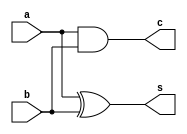
//HW2 P2
//

`timescale 1ns/10ps

//add necessary simple adders
module ha (
    input a,
    input b,
    output c,
    output s
    );
    assign s = a ^ b;
    assign c = a & b;
endmodule //ha

module fa (
    input a,
    input b,
    input c,
    output carry,
    output sum
    );
    assign carry = (a & b) | ( (a ^ b) & c);
    assign sum = a ^ b ^ c;
endmodule //fa

module add42(
    input a,
    input b,
    input c,
    input d,
    input ci,
    output co, //carry out
    output cc, //carry to next add42
    output s
    );
    wire s_internal;
    fa abc (.a (a), .b (b), .c (c), .carry(cc), .sum (s_internal));
    fa scc (.a (s_internal), .b (d), .c (ci), .carry(co), .sum (s));
endmodule //add42

////////////////////////////////////////////////////////////////////////////////
//main module
module mult (
    input [7:0] a,
    input [7:0] b,
    input clk,
    output reg [15:0] out
);

// input clk sync
    reg [7:0] a_r, b_r;
    always @(posedge clk) begin
        a_r <= #1 a;
        b_r <= #1 b;
    end

// stage 1. encoding
    //stage's output
    wire [7:0] p0,p1,p2,p3,p4,p5,p6,p7;
    //always @(a_r or b_r) begin
    assign p0 = a_r & {b_r[0], b_r[0], b_r[0], b_r[0], b_r[0], b_r[0], b_r[0], b_r[0]};
    assign p1 = a_r & {b_r[1], b_r[1], b_r[1], b_r[1], b_r[1], b_r[1], b_r[1], b_r[1]};
    assign p2 = a_r & {b_r[2], b_r[2], b_r[2], b_r[2], b_r[2], b_r[2], b_r[2], b_r[2]};
    assign p3 = a_r & {b_r[3], b_r[3], b_r[3], b_r[3], b_r[3], b_r[3], b_r[3], b_r[3]};
    assign p4 = a_r & {b_r[4], b_r[4], b_r[4], b_r[4], b_r[4], b_r[4], b_r[4], b_r[4]};
    assign p5 = a_r & {b_r[5], b_r[5], b_r[5], b_r[5], b_r[5], b_r[5], b_r[5], b_r[5]};
    assign p6 = a_r & {b_r[6], b_r[6], b_r[6], b_r[6], b_r[6], b_r[6], b_r[6], b_r[6]};
    assign p7 = (~a_r) & {b_r[7], b_r[7], b_r[7], b_r[7], b_r[7], b_r[7], b_r[7], b_r[7]};
    //end

// stage 2. CSA
    //stage's output
    wire [11:0] st2_p0;
    wire [12:2] st2_p1;
    wire [15:4] st2_p2;
    wire [15:6] st2_p3;
    wire [7:0] st2_c1; //carry between top 4:2 adders
    wire [9:0] st2_c2; //carry between bottom 4:2 adders 

    assign st2_p0[0] = p0[0];
    assign st2_p2[4] = p4[0];

    //top row
    ha    st2_t_col1  (.a (p0[1]), .b (p1[0]),                                                           .c  (st2_p1[2]),  .s (st2_p0[1]));
    fa    st2_t_col2  (.a (p0[2]), .b (p1[1]), .c (p2[0]),                                            .carry (st2_p1[3]), .sum (st2_p0[2]));
    add42 st2_t_col3  (.a (p0[3]), .b (p1[2]), .c (p2[1]), .d (p3[0]), .ci (1'b0),      .cc (st2_c1[0]), .co (st2_p1[4]),  .s (st2_p0[3]));
    add42 st2_t_col4  (.a (p0[4]), .b (p1[3]), .c (p2[2]), .d (p3[1]), .ci (st2_c1[0]), .cc (st2_c1[1]), .co (st2_p1[5]),  .s (st2_p0[4]));
    add42 st2_t_col5  (.a (p0[5]), .b (p1[4]), .c (p2[3]), .d (p3[2]), .ci (st2_c1[1]), .cc (st2_c1[2]), .co (st2_p1[6]),  .s (st2_p0[5]));
    add42 st2_t_col6  (.a (p0[6]), .b (p1[5]), .c (p2[4]), .d (p3[3]), .ci (st2_c1[2]), .cc (st2_c1[3]), .co (st2_p1[7]),  .s (st2_p0[6]));
    add42 st2_t_col7  (.a (p0[7]), .b (p1[6]), .c (p2[5]), .d (p3[4]), .ci (st2_c1[3]), .cc (st2_c1[4]), .co (st2_p1[8]),  .s (st2_p0[7]));
    add42 st2_t_col8  (.a (p0[7]), .b (p1[7]), .c (p2[6]), .d (p3[5]), .ci (st2_c1[4]), .cc (st2_c1[5]), .co (st2_p1[9]),  .s (st2_p0[8]));
    add42 st2_t_col9  (.a (p0[7]), .b (p1[7]), .c (p2[7]), .d (p3[6]), .ci (st2_c1[5]), .cc (st2_c1[6]), .co (st2_p1[10]), .s (st2_p0[9]));
    add42 st2_t_col10 (.a (p0[7]), .b (p1[7]), .c (p2[7]), .d (p3[7]), .ci (st2_c1[6]), .cc (st2_c1[7]), .co (st2_p1[11]), .s (st2_p0[10]));
    add42 st2_t_col11 (.a (p0[7]), .b (p1[7]), .c (p2[7]), .d (p3[7]), .ci (st2_c1[7]), .cc (),          .co (st2_p1[12]), .s (st2_p0[11]));

    //bottom row
    add42 st2_b_col5  (.a (p4[1]), .b (p5[0]), .c (b_r[7]), .d (b_r[7]), .ci (1'b0), .cc (st2_c2[8]), .co  (st2_p3[6]),  .s (st2_p2[5]));
    add42 st2_b_col6  (.a (p4[2]), .b (p5[1]), .c (p6[0]), .d (b_r[7]), .ci (st2_c2[8]), .cc (st2_c2[9]), .co (st2_p3[7]), .s (st2_p2[6]));
    add42 st2_b_col7  (.a (p4[3]), .b (p5[2]), .c (p6[1]), .d (p7[0]), .ci (st2_c2[9]),      .cc (st2_c2[0]), .co (st2_p3[8]),  .s (st2_p2[7]));
    add42 st2_b_col8  (.a (p4[4]), .b (p5[3]), .c (p6[2]), .d (p7[1]), .ci (st2_c2[0]), .cc (st2_c2[1]), .co (st2_p3[9]),  .s (st2_p2[8]));
    add42 st2_b_col9  (.a (p4[5]), .b (p5[4]), .c (p6[3]), .d (p7[2]), .ci (st2_c2[1]), .cc (st2_c2[2]), .co (st2_p3[10]), .s (st2_p2[9]));
    add42 st2_b_col10 (.a (p4[6]), .b (p5[5]), .c (p6[4]), .d (p7[3]), .ci (st2_c2[2]), .cc (st2_c2[3]), .co (st2_p3[11]), .s (st2_p2[10]));
    add42 st2_b_col11 (.a (p4[7]), .b (p5[6]), .c (p6[5]), .d (p7[4]), .ci (st2_c2[3]), .cc (st2_c2[4]), .co (st2_p3[12]), .s (st2_p2[11]));
    add42 st2_b_col12 (.a (p4[7]), .b (p5[7]), .c (p6[6]), .d (p7[5]), .ci (st2_c2[4]), .cc (st2_c2[5]), .co (st2_p3[13]), .s (st2_p2[12]));
    add42 st2_b_col13 (.a (p4[7]), .b (p5[7]), .c (p6[7]), .d (p7[6]), .ci (st2_c2[5]), .cc (st2_c2[6]), .co (st2_p3[14]), .s (st2_p2[13]));
    add42 st2_b_col14 (.a (p4[7]), .b (p5[7]), .c (p6[7]), .d (p7[7]), .ci (st2_c2[6]), .cc (st2_c2[7]), .co (st2_p3[15]), .s (st2_p2[14]));
    add42 st2_b_col15 (.a (p4[7]), .b (p5[7]), .c (p6[7]), .d (p7[7]), .ci (st2_c2[7]), .cc (),          .co (),           .s (st2_p2[15]));

// stage 3. CSA cont
    //stage output
    wire [15:0] st3_p0; //row 0
    wire [15:3] st3_p1; //row 1
    wire [8:0] st3_c;  //carry between 4:2 adders

    //pass through bits
    assign st3_p0[1:0] = st2_p0[1:0];

    ha st_b_col2     (.a (st2_p0[2]),  .b (st2_p1[2]),                                                                    .c  (st3_p1[3]),  .s (st3_p0[2]));
    ha st_b_col3     (.a (st2_p0[3]),  .b (st2_p1[3]),                                                                    .c  (st3_p1[4]),  .s (st3_p0[3]));
    fa st_b_col4     (.a (st2_p0[4]),  .b (st2_p1[4]),  .c (st2_p2[4]),                                                .carry (st3_p1[5]), .sum (st3_p0[4]));
    fa st_b_col5     (.a (st2_p0[5]),  .b (st2_p1[5]),  .c (st2_p2[5]),                                                .carry (st3_p1[6]), .sum (st3_p0[5]));
    add42 st_b_col6  (.a (st2_p0[6]),  .b (st2_p1[6]),  .c (st2_p2[6]),  .d (st2_p3[6]),  .ci (1'b0),     .cc (st3_c[0]), .co (st3_p1[7]),  .s (st3_p0[6]));
    add42 st_b_col7  (.a (st2_p0[7]),  .b (st2_p1[7]),  .c (st2_p2[7]),  .d (st2_p3[7]),  .ci (st3_c[0]), .cc (st3_c[1]), .co (st3_p1[8]),  .s (st3_p0[7]));
    add42 st_b_col8  (.a (st2_p0[8]),  .b (st2_p1[8]),  .c (st2_p2[8]),  .d (st2_p3[8]),  .ci (st3_c[1]), .cc (st3_c[2]), .co (st3_p1[9]),  .s (st3_p0[8]));
    add42 st_b_col9  (.a (st2_p0[9]),  .b (st2_p1[9]),  .c (st2_p2[9]),  .d (st2_p3[9]),  .ci (st3_c[2]), .cc (st3_c[3]), .co (st3_p1[10]), .s (st3_p0[9]));
    add42 st_b_col10 (.a (st2_p0[10]), .b (st2_p1[10]), .c (st2_p2[10]), .d (st2_p3[10]), .ci (st3_c[3]), .cc (st3_c[4]), .co (st3_p1[11]), .s (st3_p0[10]));
    add42 st_b_col11 (.a (st2_p0[11]), .b (st2_p1[11]), .c (st2_p2[11]), .d (st2_p3[11]), .ci (st3_c[4]), .cc (st3_c[5]), .co (st3_p1[12]), .s (st3_p0[11]));
    add42 st_b_col12 (.a (st2_p0[11]), .b (st2_p1[12]), .c (st2_p2[12]), .d (st2_p3[12]), .ci (st3_c[5]), .cc (st3_c[6]), .co (st3_p1[13]), .s (st3_p0[12]));
    add42 st_b_col13 (.a (st2_p0[11]), .b (st2_p1[12]), .c (st2_p2[13]), .d (st2_p3[13]), .ci (st3_c[6]), .cc (st3_c[7]), .co (st3_p1[14]), .s (st3_p0[13]));
    add42 st_b_col14 (.a (st2_p0[11]), .b (st2_p1[12]), .c (st2_p2[14]), .d (st2_p3[14]), .ci (st3_c[7]), .cc (st3_c[8]), .co (st3_p1[15]), .s (st3_p0[14]));
    add42 st_b_col15 (.a (st2_p0[11]), .b (st2_p1[12]), .c (st2_p2[15]), .d (st2_p3[15]), .ci (st3_c[8]), .cc (),         .co (),           .s (st3_p0[15]));

// stage 5. CPA
    reg [15:0] out_c;

    always @(st3_p0 or st3_p1) begin
        out_c = st3_p0 + {st3_p1, 3'b000};
    end

// output clk sync
    always @(posedge clk) begin
        out <= #1 out_c;
    end

endmodule